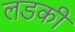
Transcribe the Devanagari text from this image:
लडकीं